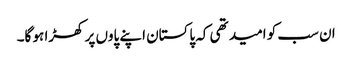
ان سب کو امید تھی کہ پاکستان اپنے پاوں پر کھڑا ہو گا۔